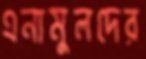
এনামুলদের